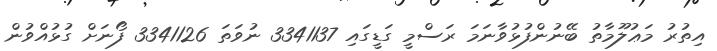
އިތުރު މަޢުލޫމާތު ބޭނުންފުޅުވާނަމަ ރަސްމީ ގަޑީގައި 3341137 ނުވަތަ 3341126 ފޯނަށް ގުޅުއްވުން